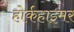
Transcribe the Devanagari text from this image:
होर्कहाइमर